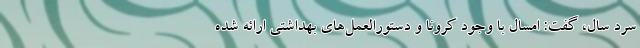
سرد سال، گفت: امسال با وجود کرونا و دستورالعمل‌های بهداشتی ارائه شده